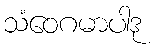
သံဝေဂမာပါဒု